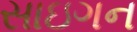
સાઇગન